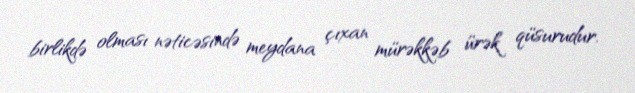
birlikdə olması nəticəsində meydana çıxan mürəkkəb ürək qüsurudur.